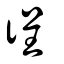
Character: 徎